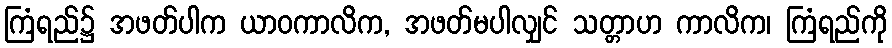
ကြံရည်၌ အဖတ်ပါက ယာဝကာလိက, အဖတ်မပါလျှင် သတ္တာဟ ကာလိက၊ ကြံရည်ကို